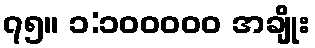
၇၅။ ၁:၁၀၀၀၀၀ အချိုး